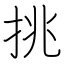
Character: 挑